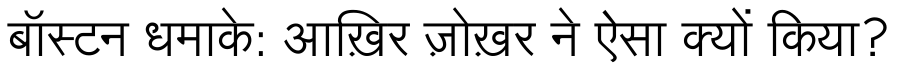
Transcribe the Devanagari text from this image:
बॉस्टन धमाके: आख़िर ज़ोख़र ने ऐसा क्यों किया?